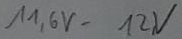
Text: 11,6V-12V